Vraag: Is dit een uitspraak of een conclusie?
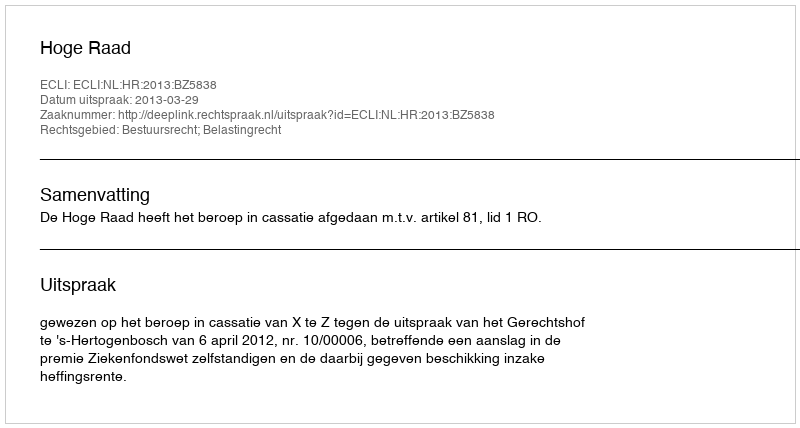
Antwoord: Uitspraak